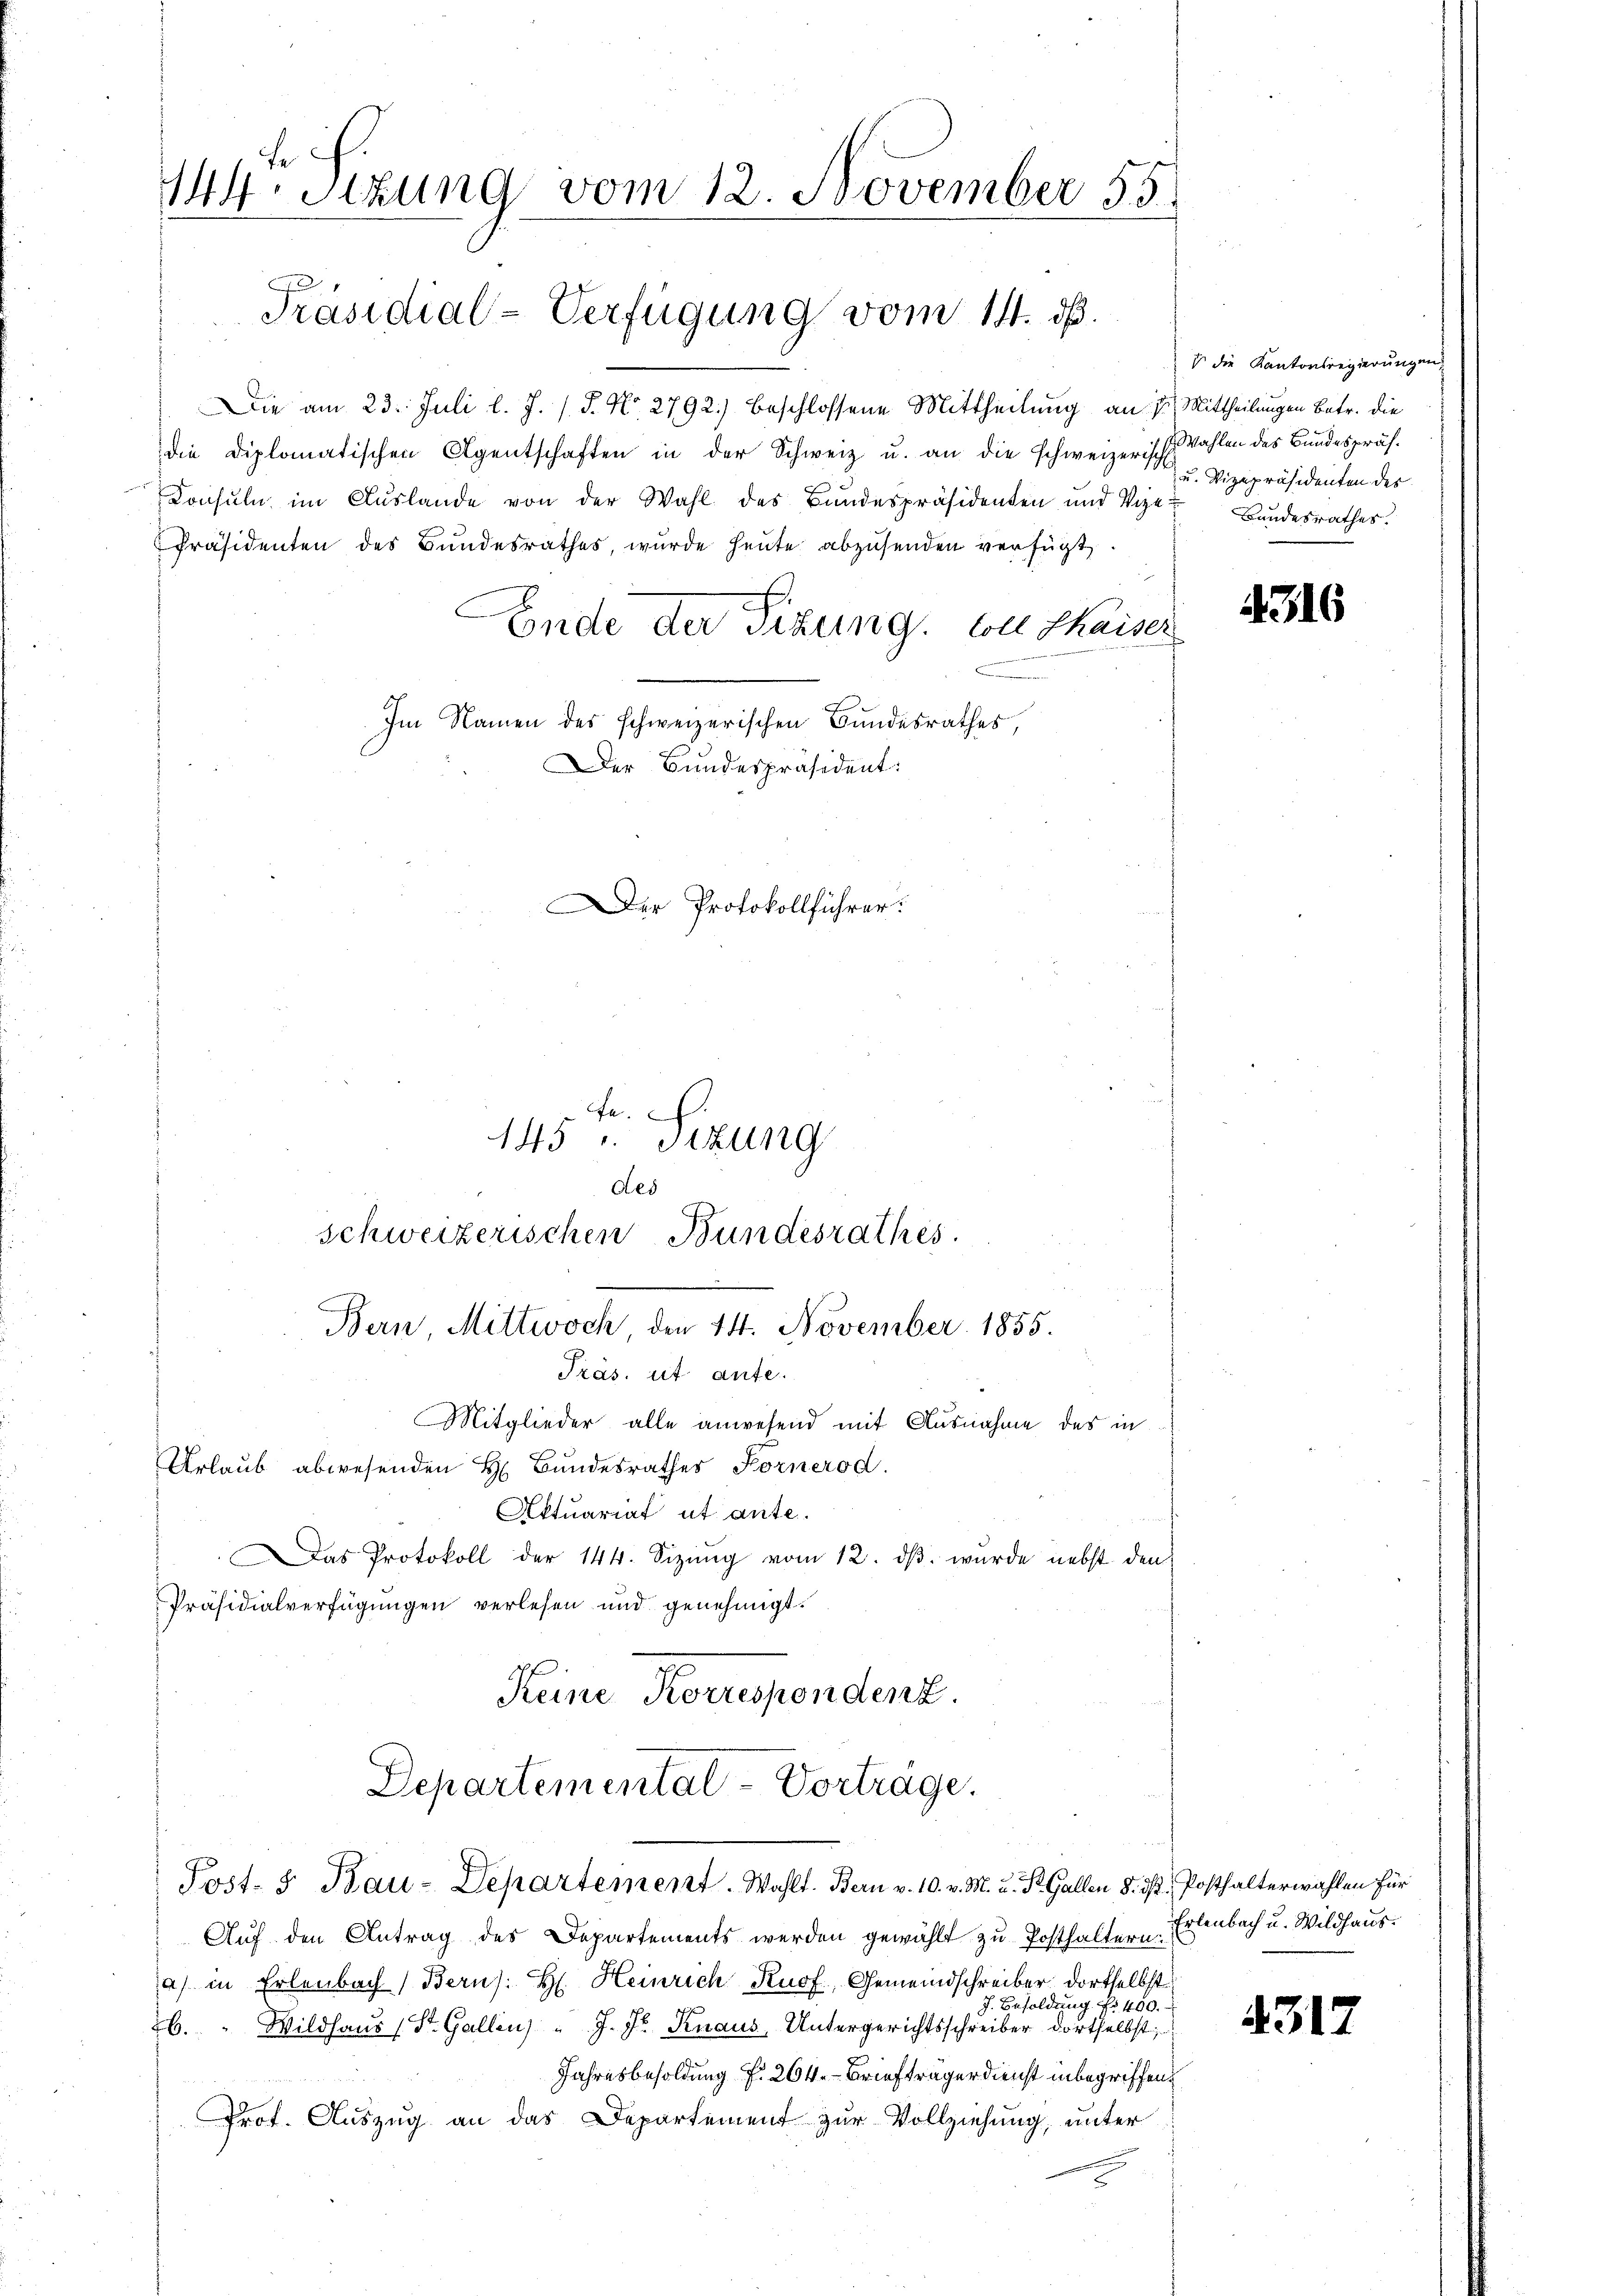
144Stzung vom 12. November 55
Präsidial-Verfügung vom 14. dß.
Die am 23. Juli l. J. J. J. No. 2792) beschlossene Mittheilung an 1. Mittheilungen Betr. die
die Diplomatischen Agentschaften in der Schweiz u. an die schweizerisch
Consuln im Aŭslande von der Wahl des Bundespräsidenten und Vize Bandesrathes.
Präsidenten des Bundesrathes, wurde heŭte abzŭsenden verfügt
Ende der Sizung, von Thaiser
.

Im Namen des schweizerischen Bundesrathes
Der Bundespräsident:

Urlaub abwesenden H. Bundesrathes Kornerod.
Aktuariat ut ante.
as Protokoll der 144. Sizŭng vom 12. dβ. wurde nebst den
Präsidialverfügungen verlesen und genehmigt.
Keine Korrespondenz.

Der Protokollführer:
e.
145 u. Sizung

des
schweizerischen Bundesrathes.
Bern, Mittwoch den 14. November 1855.
Präs. ut aufe.
Mitglieder alle anwesend mit Ausnahme des in

Auf den Antrag des Departements werden gewählt zu Posthaltern. Erlenbach u. Wildhausa) in Erlenbach Berns. H. Heinrich Knof, Gemeindschreiber dortselbst
J. Besoldung No 400.
6." Wildhaus (St. Gallen) " J. J. Knaus, Untergerichtsschreiber dortselbst;
Jahresbesoldung f. 204. Briefträgerdienst inbegriffen.
Prof. Auszug an das Departement zur Vollziehung, unter

Departemental-Vortrage.
Post- & Bau-Departement. Wahlt. Bern v. 10. v. M. u. St. Gallen §. 3. Posthalterwahlen für

die Kantonsregierungen,
Wahlen des Bundespräf¬
u. Vizepräsidenten des

4316

4313